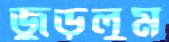
জুড়লুম